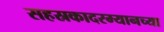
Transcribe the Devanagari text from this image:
सहस्रकादरम्यानच्या